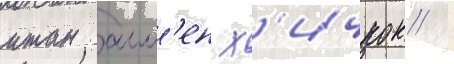
итан алл'ен х'ичкок /